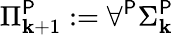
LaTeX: \Pi_{\mathbf{k}+1}^{\mathsf{{P}}}:=\forall^{\mathsf{{P}}}\Sigma_{\mathbf{k}}^{\mathsf{{P}}}